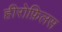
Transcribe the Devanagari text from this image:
हीरोफ़िलस